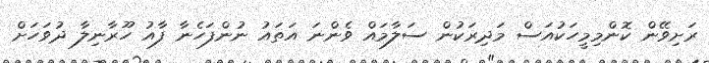
ރަށިވޭން ކޮންމިމީހަކުއަސް މަދިރަކުން ސަލާމައް ވެންނަ އަތައު ނުންފަހެނާ ފާއު ހޫރާނިލާ ދުވަހަށް